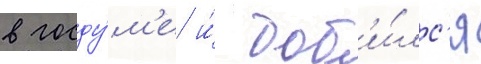
в госду́м'е и́ доб'и́лс'я